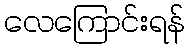
လေကြောင်းရန်